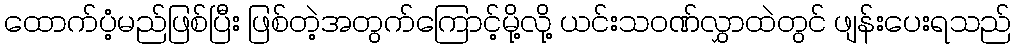
ထောက်ပံ့မည်ဖြစ်ပြီး ဖြစ်တဲ့အတွက်ကြောင့်မို့လို့ ယင်းသဝဏ်လွှာထဲတွင် ဖျန်းပေးရသည်